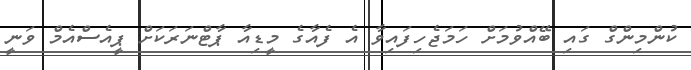
ކުންމިންގް ގައި ބޭއްވުމަށް ހަމަޖެހިފައިވާ އެ ފެއާގެ މީޑިއާ ޕާޓްނަރަކަށް ޕީއެސްއެމް ވަނީ